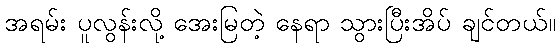
အရမ်း ပူလွန်းလို့ အေးမြတဲ့ နေရာ သွားပြီးအိပ် ချင်တယ်။